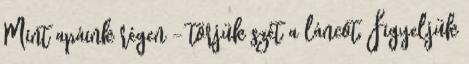
Mint apáink régen – törjük szét a láncot, Figyeljük